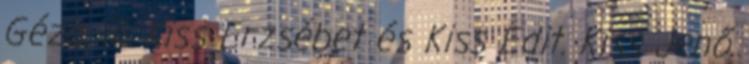
Géza, ill. Kiss Erzsébet és Kiss Edit. Kiss Jenő